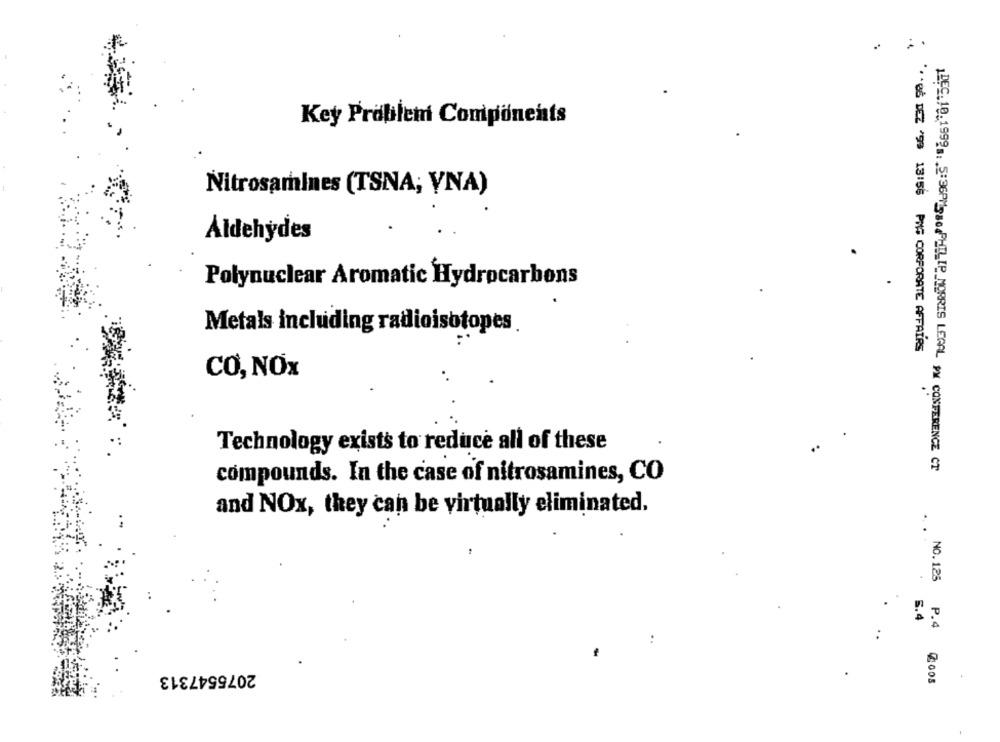
Key Problem Components
Nitrosamines (TSNA; YNA)
Aldehydes
Polynuclear Aromatic Hydrocarbons
Metals including radioisotopes.
* *** 86 DEZ 9 13:56 PMS CORPORATE AFFAIRS
CO, NOx
Technology exists to reduce all of these
DEC. 18. 1992. 5:36PM10PHILIP MORRIS LEGAL IN CONFERENCE CT
compounds. In the case of nitrosamines, CO
and NOx, they can be virtually eliminated.
.
NO.125
.
6.4
P.4
..
2075547313